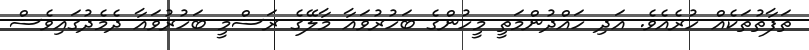
ތަފާތުތަކެއް ހުރެއެވެ. އަދި ހައްދުންމަތީ މީހުންގެ ބަހުރުވައާ މާލޭގެ ރަސްމީ ބަހުރުވައާ ދެމެދުގައިވެސް